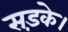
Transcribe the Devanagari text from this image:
सड़के।